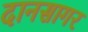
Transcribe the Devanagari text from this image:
दानसागर